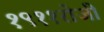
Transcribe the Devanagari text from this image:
१९११रोजी